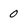
Character: 0